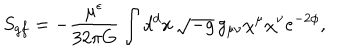
S _ { g f } = - { \frac { \mu ^ { \epsilon } } { 3 2 \pi G } } \int d ^ { d } x \, \sqrt { - g } \, g _ { \mu \nu } \chi ^ { \mu } \chi ^ { \nu } e ^ { - 2 \phi } ,